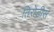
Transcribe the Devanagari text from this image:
तिरोडीस